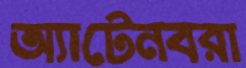
অ্যাটেনবরা